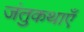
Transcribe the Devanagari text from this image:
जंतुकथाएँ